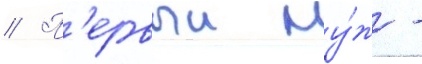
// П'ервыи му́ж -